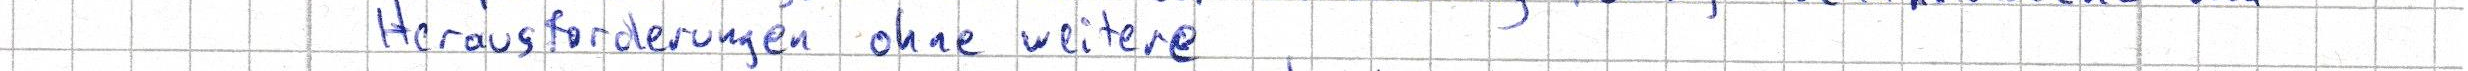
Herausforderungen ohne weitere